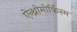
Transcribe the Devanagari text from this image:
ऐन्थ्रोमोर्फिस्म